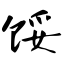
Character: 馁